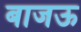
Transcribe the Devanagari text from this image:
बाजऊ